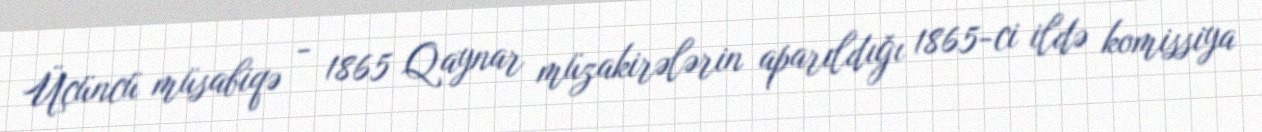
Üçüncü müsabiqə - 1865 Qaynar müzakirələrin aparıldığı 1865-ci ildə komissiya